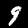
Digit: 9